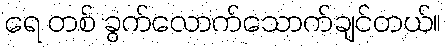
ရေ တစ် ခွက်လောက်သောက်ချင်တယ်။